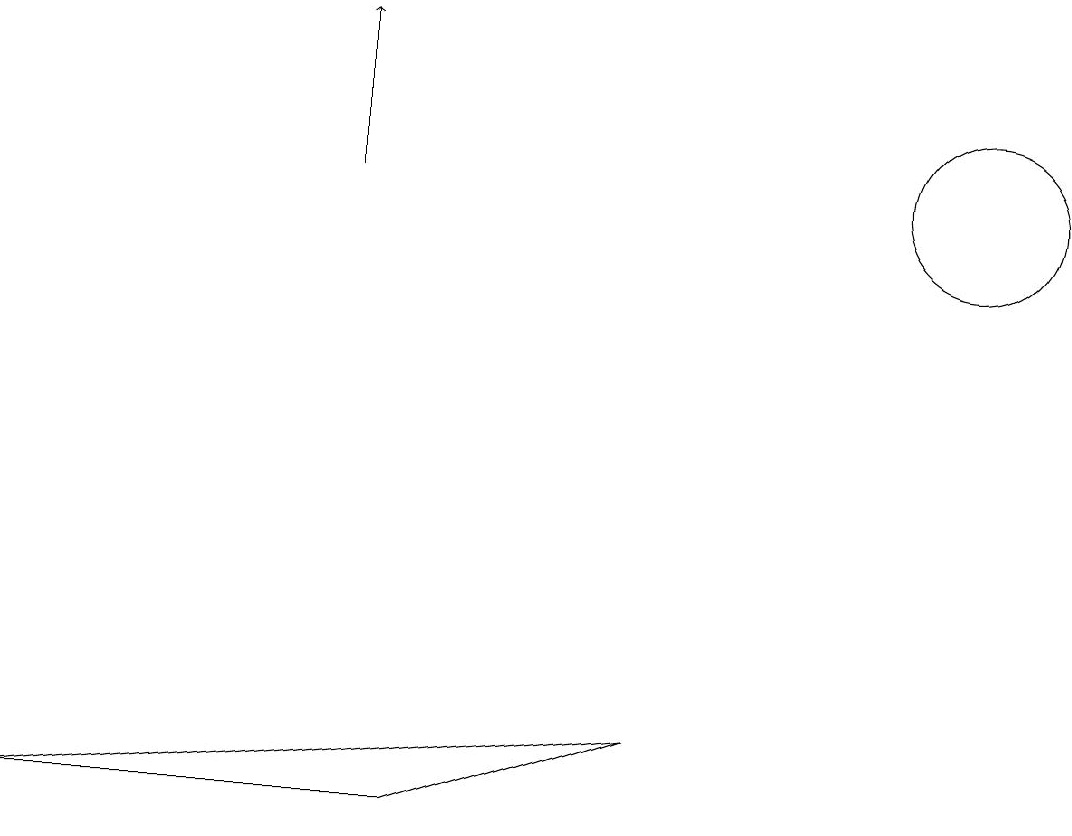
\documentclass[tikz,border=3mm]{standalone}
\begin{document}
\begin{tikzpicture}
\draw (12,11) circle (1);
\draw (5,3) -- (8,4) -- (0,3) -- cycle;
\draw[->] (4,11) -- (4,13);
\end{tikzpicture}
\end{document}